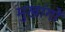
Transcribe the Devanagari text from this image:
मुखांगों